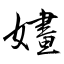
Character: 嫿